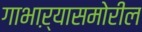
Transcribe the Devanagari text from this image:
गाभाऱ्यासमोरील